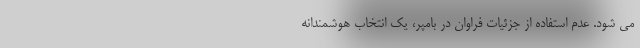
می شود. عدم استفاده از جزئیات فراوان در بامپر، یک انتخاب هوشمندانه